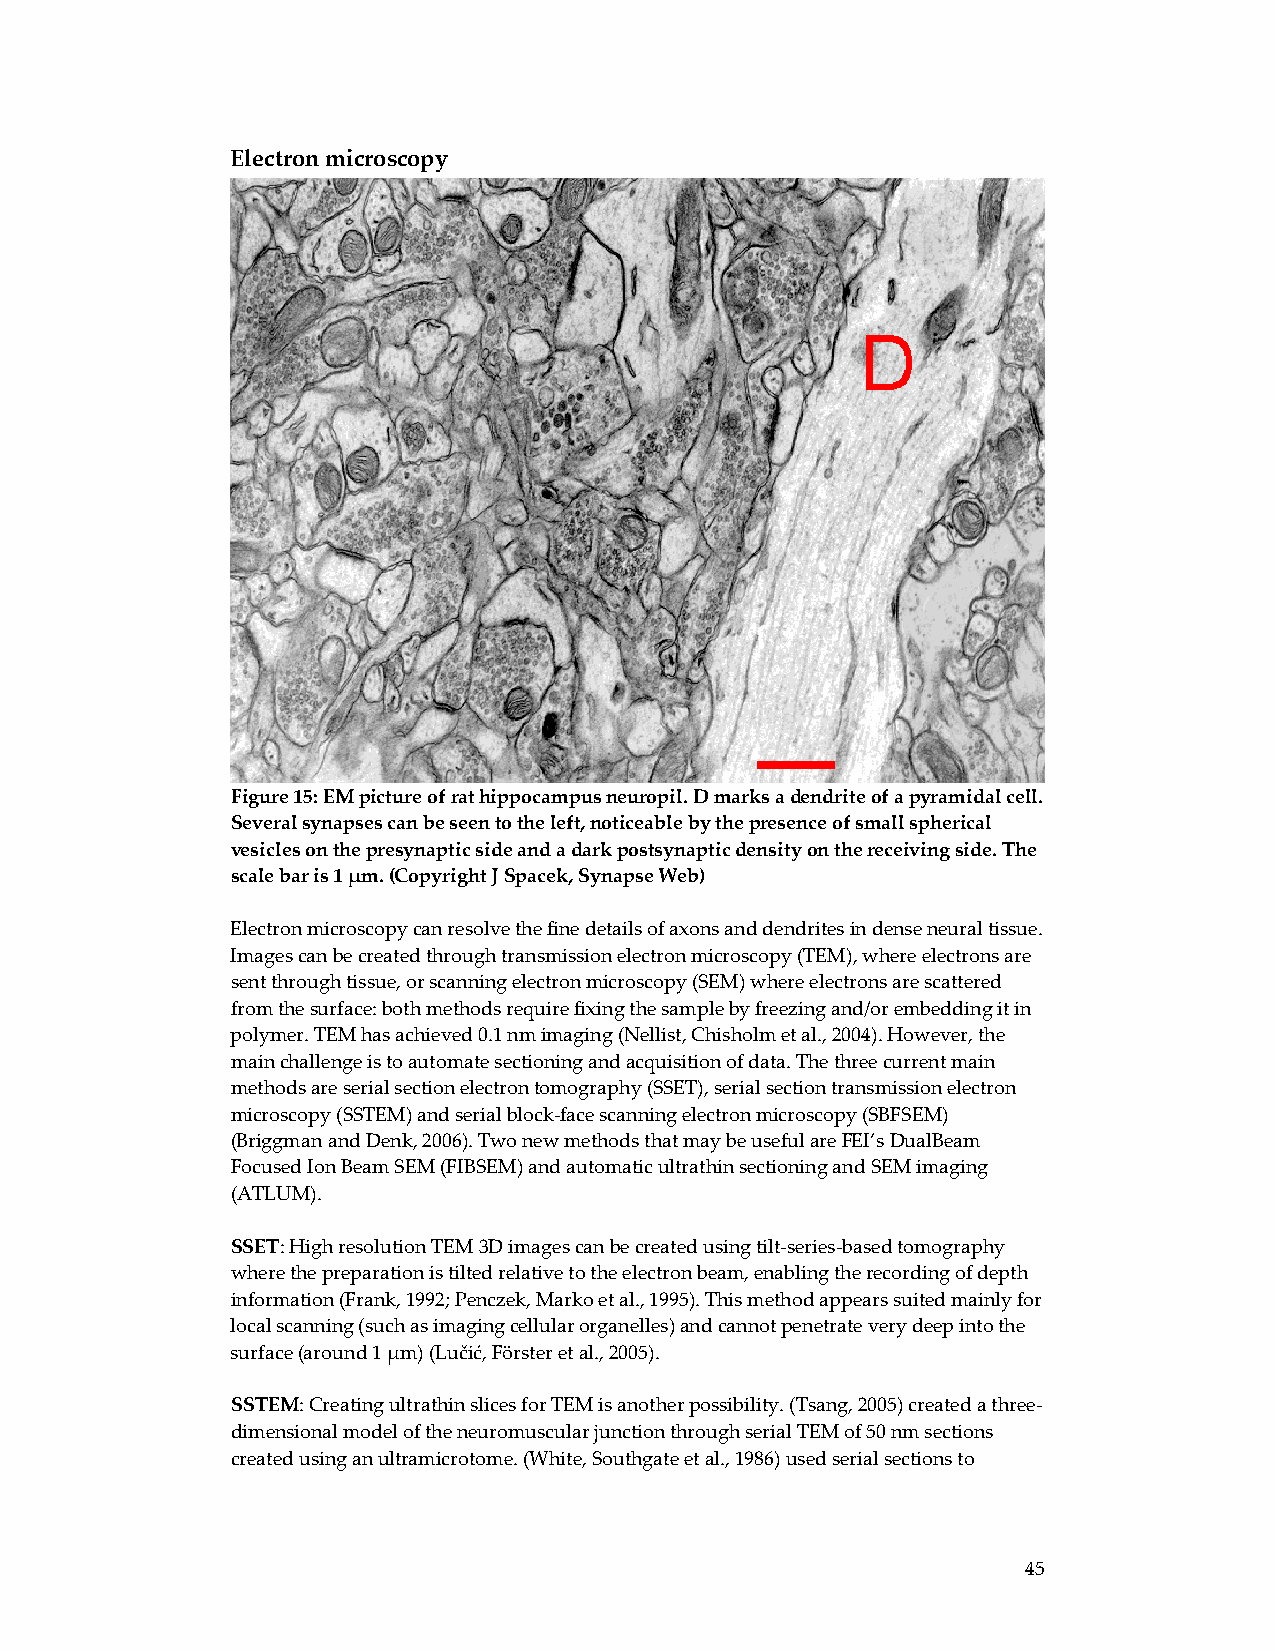
Electron microscopy
 Figure 15: EM picture of rat hippocampus neuropil. D marks a dendrite of a pyramidal cell.
 Several synapses can be seen to the left, noticeable by the presence of small spherical
 vesicles on the presynaptic side and a dark postsynaptic density on the receiving side. The
 scale bar is 1 μm. (Copyright J Spacek, Synapse Web)
 Electron microscopy can resolve the fine details of axons and dendrites in dense neural tissue.
 Images can be created through transmission electron microscopy (TEM), where electrons are
 sent through tissue, or scanning electron microscopy (SEM) where electrons are scattered
 from the surface: both methods require fixing the sample by freezing and/or embedding it in
 polymer. TEM has achieved 0.1 nm imaging (Nellist, Chisholm et al., 2004). However, the
 main challenge is to automate sectioning and acquisition of data. The three current main
 methods are serial section electron tomography (SSET), serial section transmission electron
 microscopy (SSTEM) and serial block‐face scanning electron microscopy (SBFSEM)
 (Briggman and Denk, 2006). Two new methods that may be useful are FEI’s DualBeam
 Focused Ion Beam SEM (FIBSEM) and automatic ultrathin sectioning and SEM imaging
 (ATLUM).
 SSET: High resolution TEM 3D images can be created using tilt‐series‐based tomography
 where the preparation is tilted relative to the electron beam, enabling the recording of depth
 information (Frank, 1992; Penczek, Marko et al., 1995). This method appears suited mainly for
 local scanning (such as imaging cellular organelles) and cannot penetrate very deep into the
 surface (around 1 μm) (Lučić, Förster et al., 2005).
 SSTEM: Creating ultrathin slices for TEM is another possibility. (Tsang, 2005) created a three‐
 dimensional model of the neuromuscular junction through serial TEM of 50 nm sections
 created using an ultramicrotome. (White, Southgate et al., 1986) used serial sections to
 45